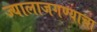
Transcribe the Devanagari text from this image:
ज्यालाजगण्याचा